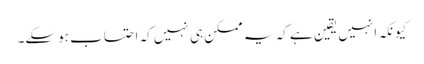
کیونکہ انہیں یقین ہے کہ یہ ممکن ہی نہیں کہ احتساب ہوسکے۔